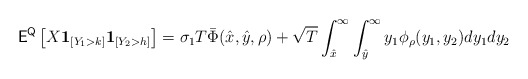
\begin{align*} \mathsf{E}^{\mathsf{Q}}\left[ X {\bf 1}_{[ Y_1 > k ]}{\bf 1}_{[ Y_2 > h ]} \right] = \sigma_1 T \bar{\Phi}(\hat{x}, \hat{y}, \rho) + \sqrt{T} \int_{\hat{x}}^\infty \int_{\hat{y}}^\infty y_1 \phi_{\rho}(y_1, y_2) dy_1 dy_2 \end{align*}